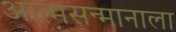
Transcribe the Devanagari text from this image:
आत्मसन्मानाला